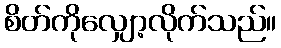
စိတ်ကိုလျှော့လိုက်သည်။